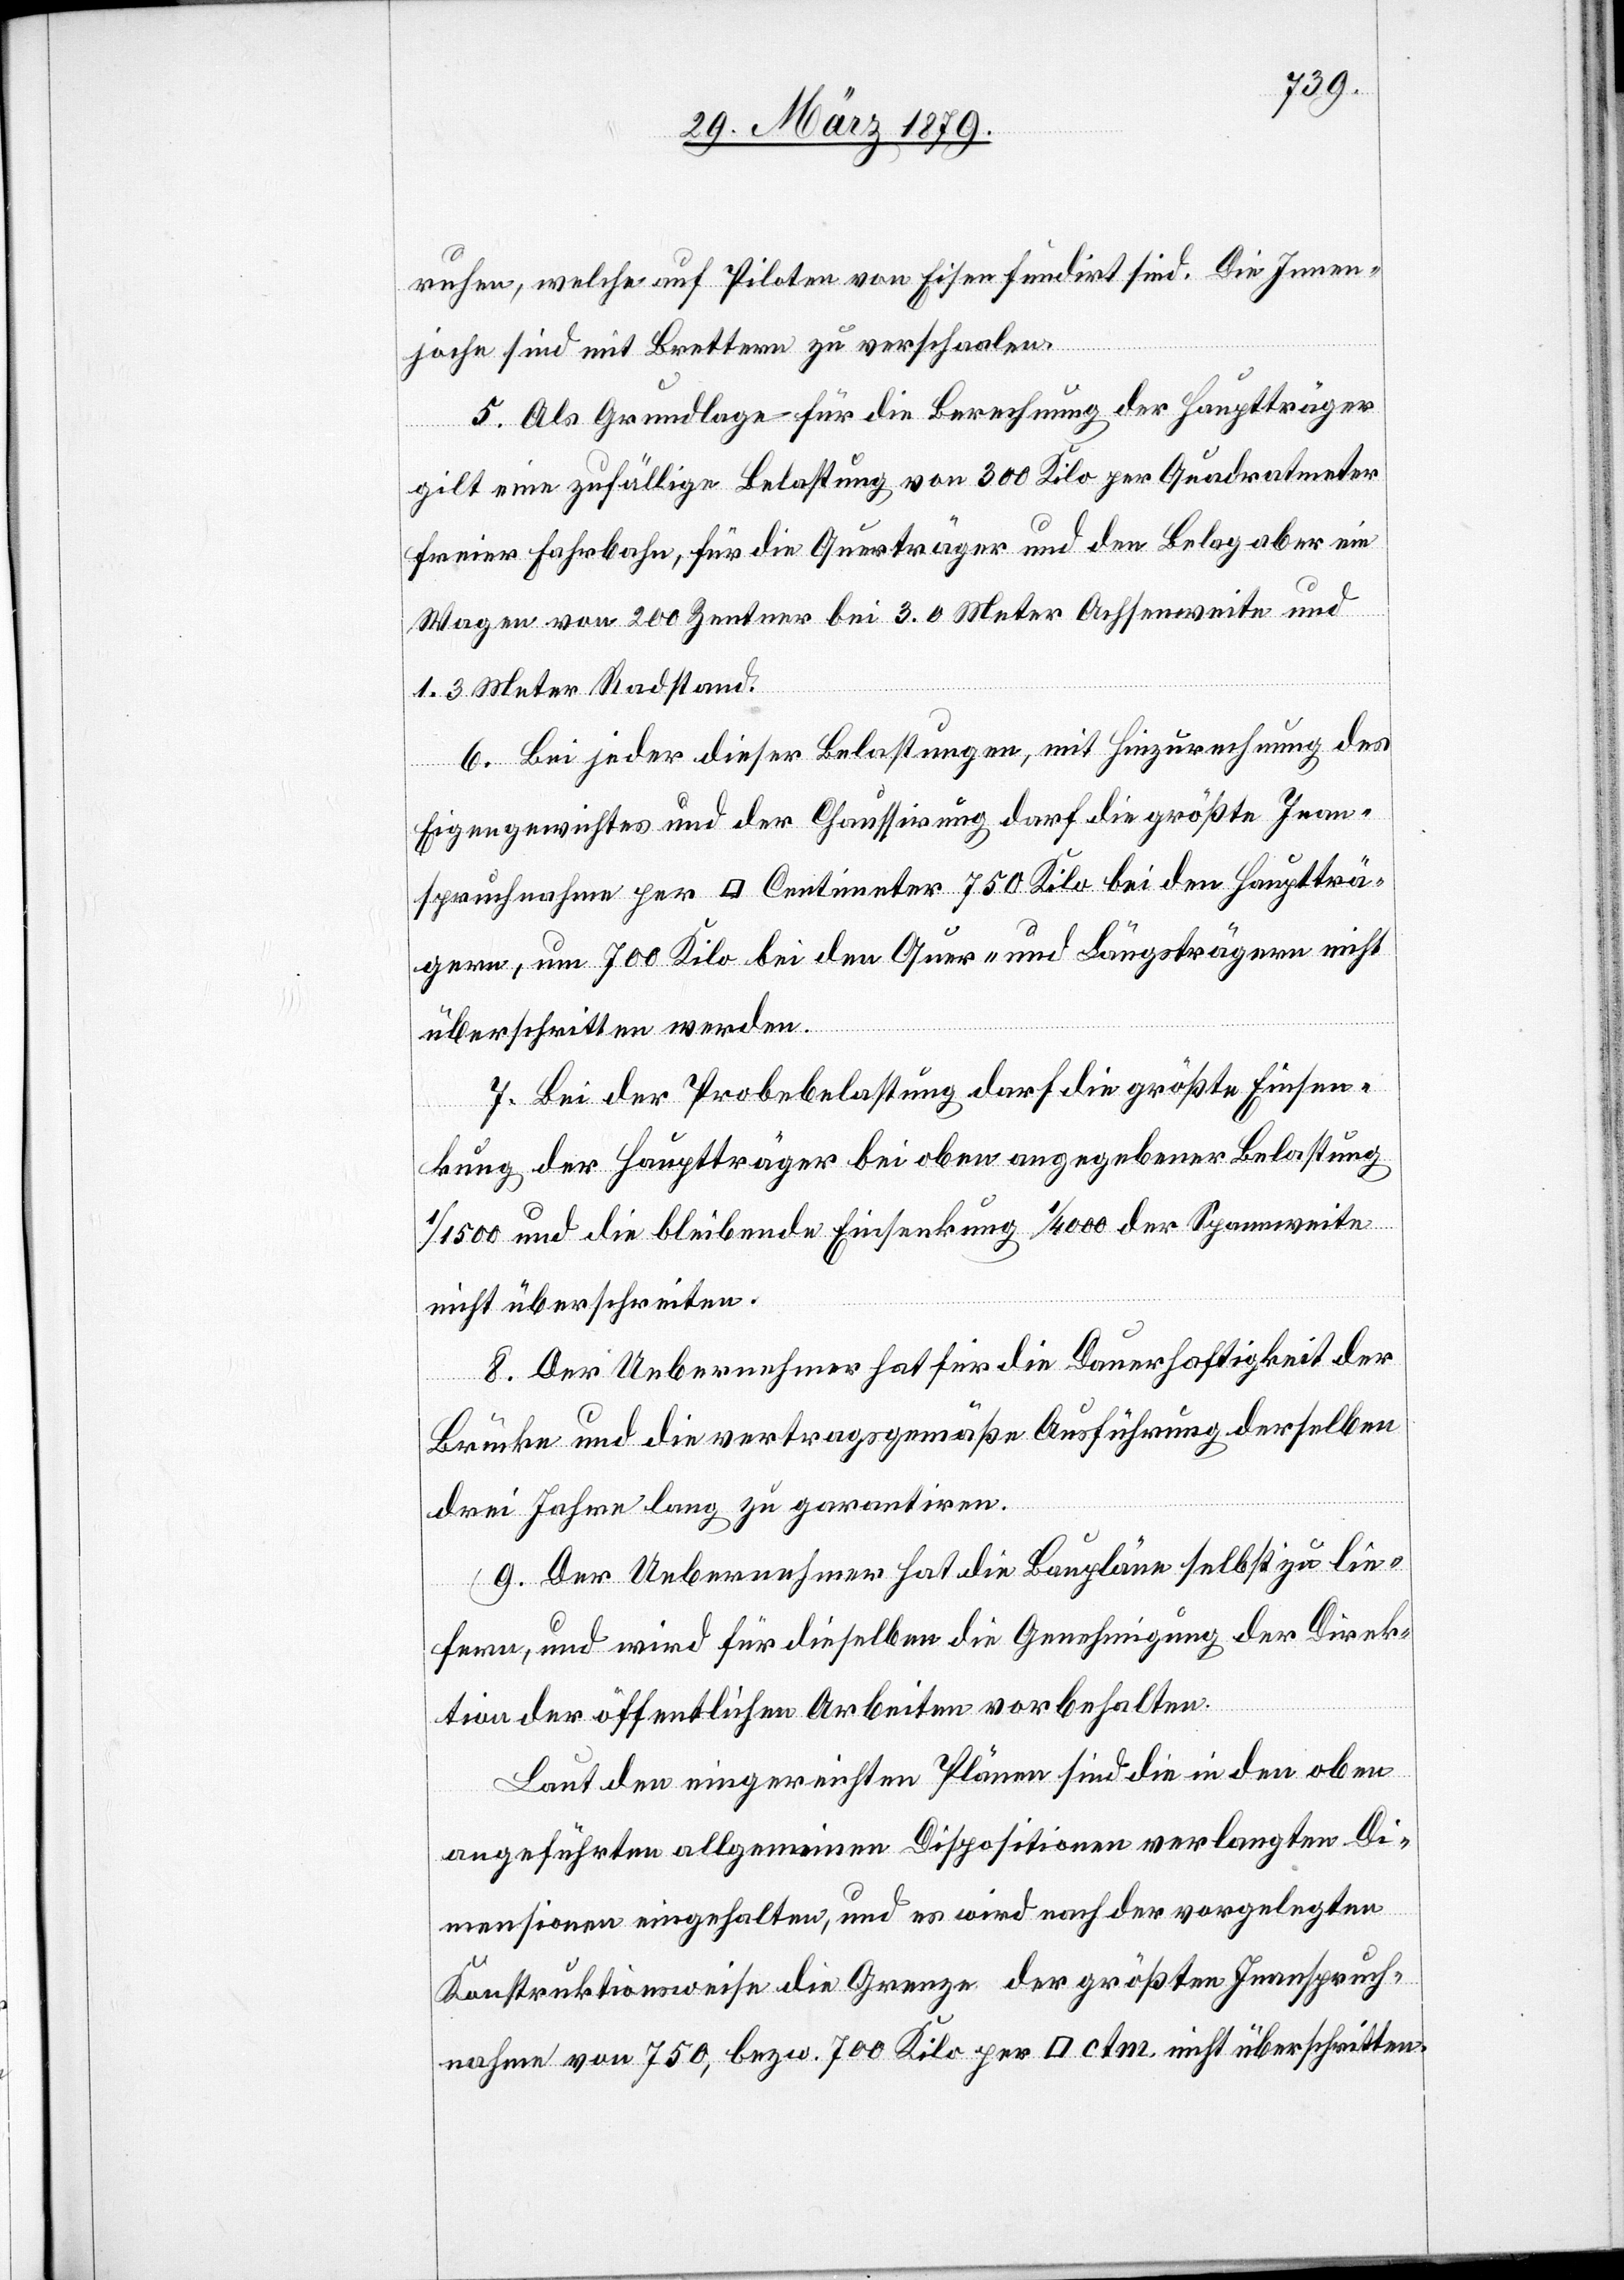
ruhen, welche auf Piloten von Eisen fundirt sind. Die Innen¬
joche sind mit Brettern zu verschaalen.
5. Als Grundlage für die Berechnung der Hauptträger
gilt eine zufällige Belastung von 300 Kilo per Quadratmeter
freier Fahrbahn, für die Querträger und den Belag aber ein
Wagen von 200 Zentner bei 3.0 Meter Achsenweite und
1.3 Meter Radstand.
6. Bei jeder dieser Belastungen, mit Hinzurechnung des
Eigengewichtes und der Chaussirung darf die größte Inan¬
spruchnahme per [Quadrat] Centimeter 750 Kilo bei den Hauptträ¬
gern, um 700 Kilo bei den Quer- und Längsträgern nicht
überschritten werden.
7. Bei der Probebelastung darf die größte Einsen¬
kung der Hauptträger bei oben angegebener Belastung
1/1500 und die bleibende Einsenkung 1/4000 der Spannweite
nicht überschreiten.
8. Der Uebernehmer hat für die Dauerhaftigkeit der
Brücke und die vertragsgemäße Ausführung derselben
drei Jahre lang zu garantiren.
9. Der Uebernehmer hat die Baupläne selbst zu lie¬
fern, und wird für dieselben die Genehmigung der Direk¬
tion der öffentlichen Arbeiten vorbehalten.
Laut den eingereichten Plänen sind die in den oben
angeführten allgemeinen Dispositionen verlangten Din¬
mensionen eingehalten, und es wird nach der vorgelegten
Konstruktionsweise die Grenze der größten Inanspruch¬
nahme von 750, bzw. 700 Kilo per [Quadrat] ctm. nicht überschritten.